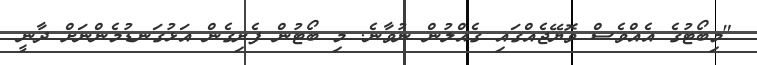
"މިބޯޓުގެ އެއްވެސް ވޮޔޭޖެއްގައި ގެއްލުން ނުވާނެ. މި ބޯޓުން ފެށިގެން އަޅުގަނޑުމެންނަށް ދާނީ